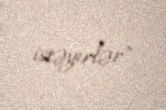
istəyirlər”.